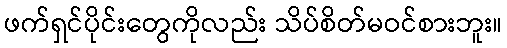
ဖက်ရှင်ပိုင်းတွေကိုလည်း သိပ်စိတ်မဝင်စားဘူး။